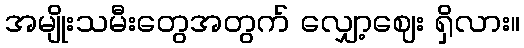
အမျိုးသမီးတွေအတွက် လျှော့ဈေး ရှိလား။